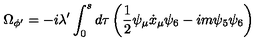
\Omega _ { \phi ^ { \prime } } = - i \lambda ^ { \prime } \int _ { 0 } ^ { s } d \tau \left( \frac { 1 } { 2 } \psi _ { \mu } \dot { x } _ { \mu } \psi _ { 6 } - i m \psi _ { 5 } \psi _ { 6 } \right)